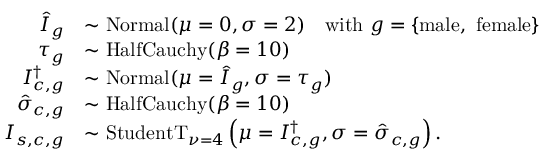
\begin{array} { r l } { \hat { I } _ { g } } & { \sim \mathrm { N o r m a l } ( \mu = 0 , \sigma = 2 ) \quad \mathrm { w i t h ~ } g = \{ \mathrm { m a l e , ~ f e m a l e } \} } \\ { \tau _ { g } } & { \sim \mathrm { H a l f C a u c h y } ( \beta = 1 0 ) } \\ { I _ { c , g } ^ { \dagger } } & { \sim \mathrm { N o r m a l } ( \mu = \hat { I } _ { g } , \sigma = \tau _ { g } ) } \\ { \hat { \sigma } _ { c , g } } & { \sim \mathrm { H a l f C a u c h y } ( \beta = 1 0 ) } \\ { I _ { s , c , g } } & { \sim \mathrm { S t u d e n t T } _ { \nu = 4 } \left( \mu = I _ { c , g } ^ { \dagger } , \sigma = \hat { \sigma } _ { c , g } \right) . } \end{array}